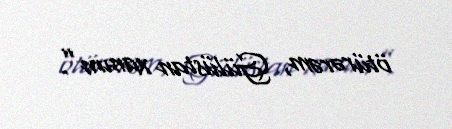
ötürərəm, Gülüstan xanım”.